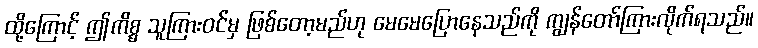
ထို့ကြောင့် ဤကိစ္စ သူကြားဝင်မှ ဖြစ်တော့မည်ဟု မေမေပြောနေသည်ကို ကျွန်တော်ကြားလိုက်ရသည်။